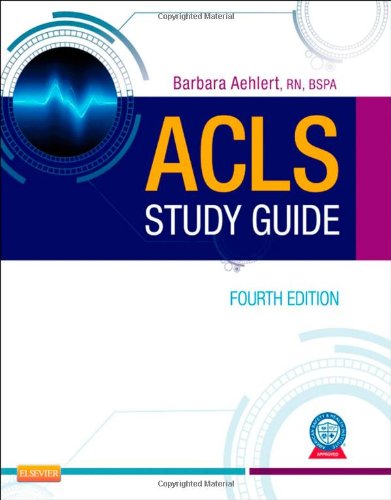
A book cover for ACLS Study Guide, 4e; Barbara Aehlert; Medical Books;